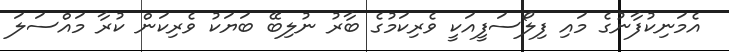
އެމަނިކުފާނުގެ މައި ފިލޯސަފީއަކީ ވެރިކަމުގެ ބާރު ނުލިބޭ ބަޔަކު ވެރިކަން ކުރާ މައްސަލަ